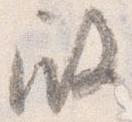
殿